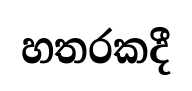
හතරකදී